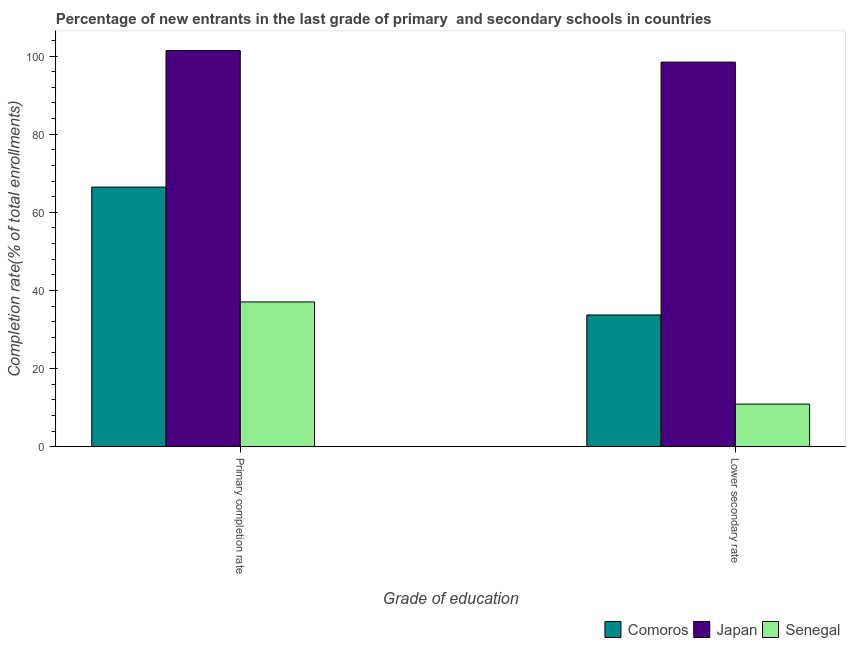
| Grade of education | Comoros | Japan | Senegal |
 | --- | --- | --- | --- |
 | Primary completion rate | 66.5 | 101 | 37.1 |
 | Lower secondary rate | 33.7 | 98.4 | 10.9 |